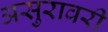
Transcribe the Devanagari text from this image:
असुरावरी